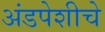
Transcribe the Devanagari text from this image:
अंडपेशीचे